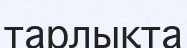
тарлықта